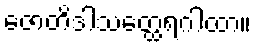
ဇောတိဒါသတ္ထေရဂါထာ။